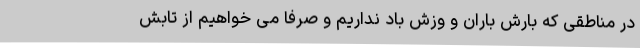
در مناطقی که بارش باران و وزش باد نداریم و صرفا می خواهیم از تابش